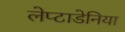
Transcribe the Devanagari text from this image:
लेप्टाडेनिया